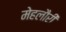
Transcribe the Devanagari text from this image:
मेहलौरी